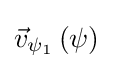
{\vec {v}}_{\psi _{1}}\left(\psi \right)